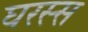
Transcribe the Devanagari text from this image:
घरस्स